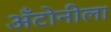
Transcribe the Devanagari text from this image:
अँटोनीला